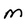
Character: M